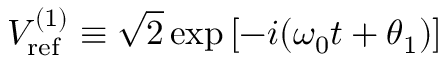
V _ { \mathrm { r e f } } ^ { ( 1 ) } \equiv \sqrt { 2 } \exp \left[ - i ( \omega _ { 0 } t + \theta _ { 1 } ) \right]